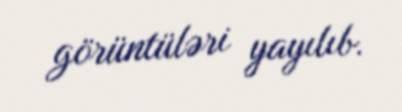
görüntüləri yayılıb.